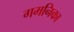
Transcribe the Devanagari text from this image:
गमनिका